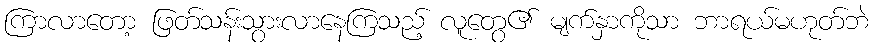
ကြာလာတော့ ဖြတ်သန်းသွားလာနေကြသည့် လူတွေ၏ မျက်နှာကိုသာ ဘာရယ်မဟုတ်ဘဲ